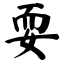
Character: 耍